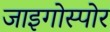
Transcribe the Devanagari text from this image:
जाइगोस्पोर